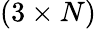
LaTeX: (3\times N)